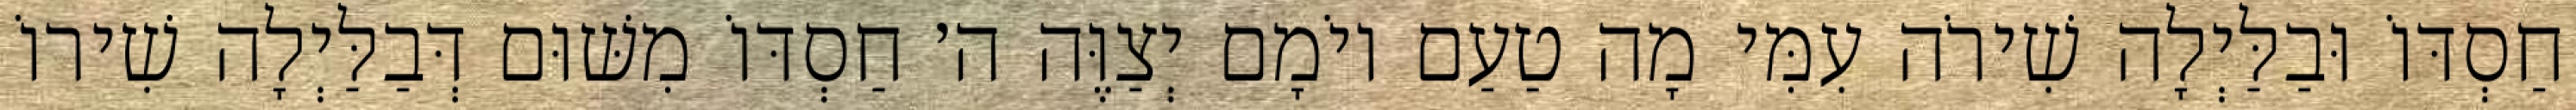
חַסְדּוֹ וּבַלַּיְלָה שִׁירֹה עִמִּי מָה טַעַם יוֹמָם יְצַוֶּה ה׳ חַסְדּוֹ מִשּׁוּם דְּבַלַּיְלָה שִׁירוֹ